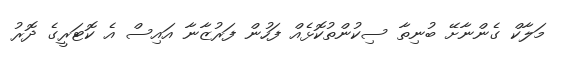
މަލާކް ގެންނާށޭ ބުނިތާ ސިކުންތުކޮޅެއް ފަހުން ފަރުޒާނާ އައިސް އެ ކޮޓަރީގެ ދޮރު